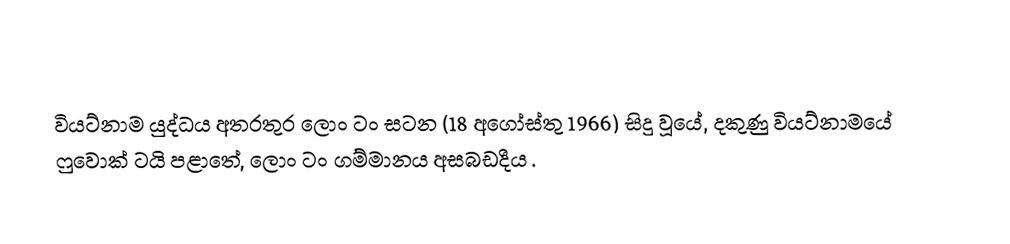
වියට්නාම යුද්ධය අතරතුර ලොං ටං සටන (18 අගෝස්තු 1966) සිදු වූයේ,  දකුණු වියට්නාමයේ  ෆුවොක් ටයි පළාතේ, ලොං ටං ගම්මානය අසබඩදීය .